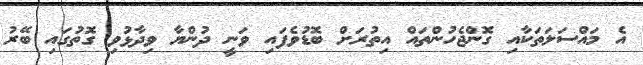
އެ މައްސަލަތަކާއި ގޮންޖެހުންތައް އިތުރަށް ބޮޑުވެފައި ވަނީ ދުންޔާ ވިދާޅުވި ގޮތުގައި ބޭރު